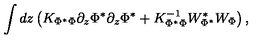
\int d z \left( K _ { \Phi ^ { * } \Phi } \partial _ { z } \Phi ^ { * } \partial _ { z } \Phi ^ { * } + K _ { \Phi ^ { * } \Phi } ^ { - 1 } W _ { \Phi ^ { * } } ^ { * } W _ { \Phi } \right) ,